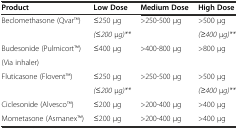
<table><thead><tr><td><b>Product</b></td><td><b>Low Dose</b></td><td><b>Medium Dose</b></td><td><b>High Dose</b></td></tr></thead><tbody><tr><td>Beclomethasone (QvarTM)</td><td>≤250 μg</td><td>&gt;250-500 μg</td><td>&gt;500 μg</td></tr><tr><td></td><td><i>(</i>≤<i>200</i> μ<i>g)**</i></td><td></td><td><i>(</i>≥<i>400</i> μ<i>g)**</i></td></tr><tr><td>Budesonide (PulmicortTM)</td><td>≤400 μg</td><td>&gt;400-800 μg</td><td>&gt;800 μg</td></tr><tr><td>(Via inhaler)</td><td></td><td></td><td></td></tr><tr><td>Fluticasone (FloventTM)</td><td>≤250 μg</td><td>&gt;250-500 μg</td><td>&gt;500 μg</td></tr><tr><td></td><td><i>(</i>≤<i>200</i> μ<i>g)**</i></td><td></td><td><i>(</i>≥<i>400</i> μ<i>g)**</i></td></tr><tr><td>Ciclesonide (AlvescoTM)</td><td>≤200 μg</td><td>&gt;200-400 μg</td><td>&gt;400 μg</td></tr><tr><td>Mometasone (AsmanexTM)</td><td>≤200 μg</td><td>&gt;200-400 μg</td><td>&gt;400 μg</td></tr></tbody></table>